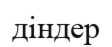
діндер